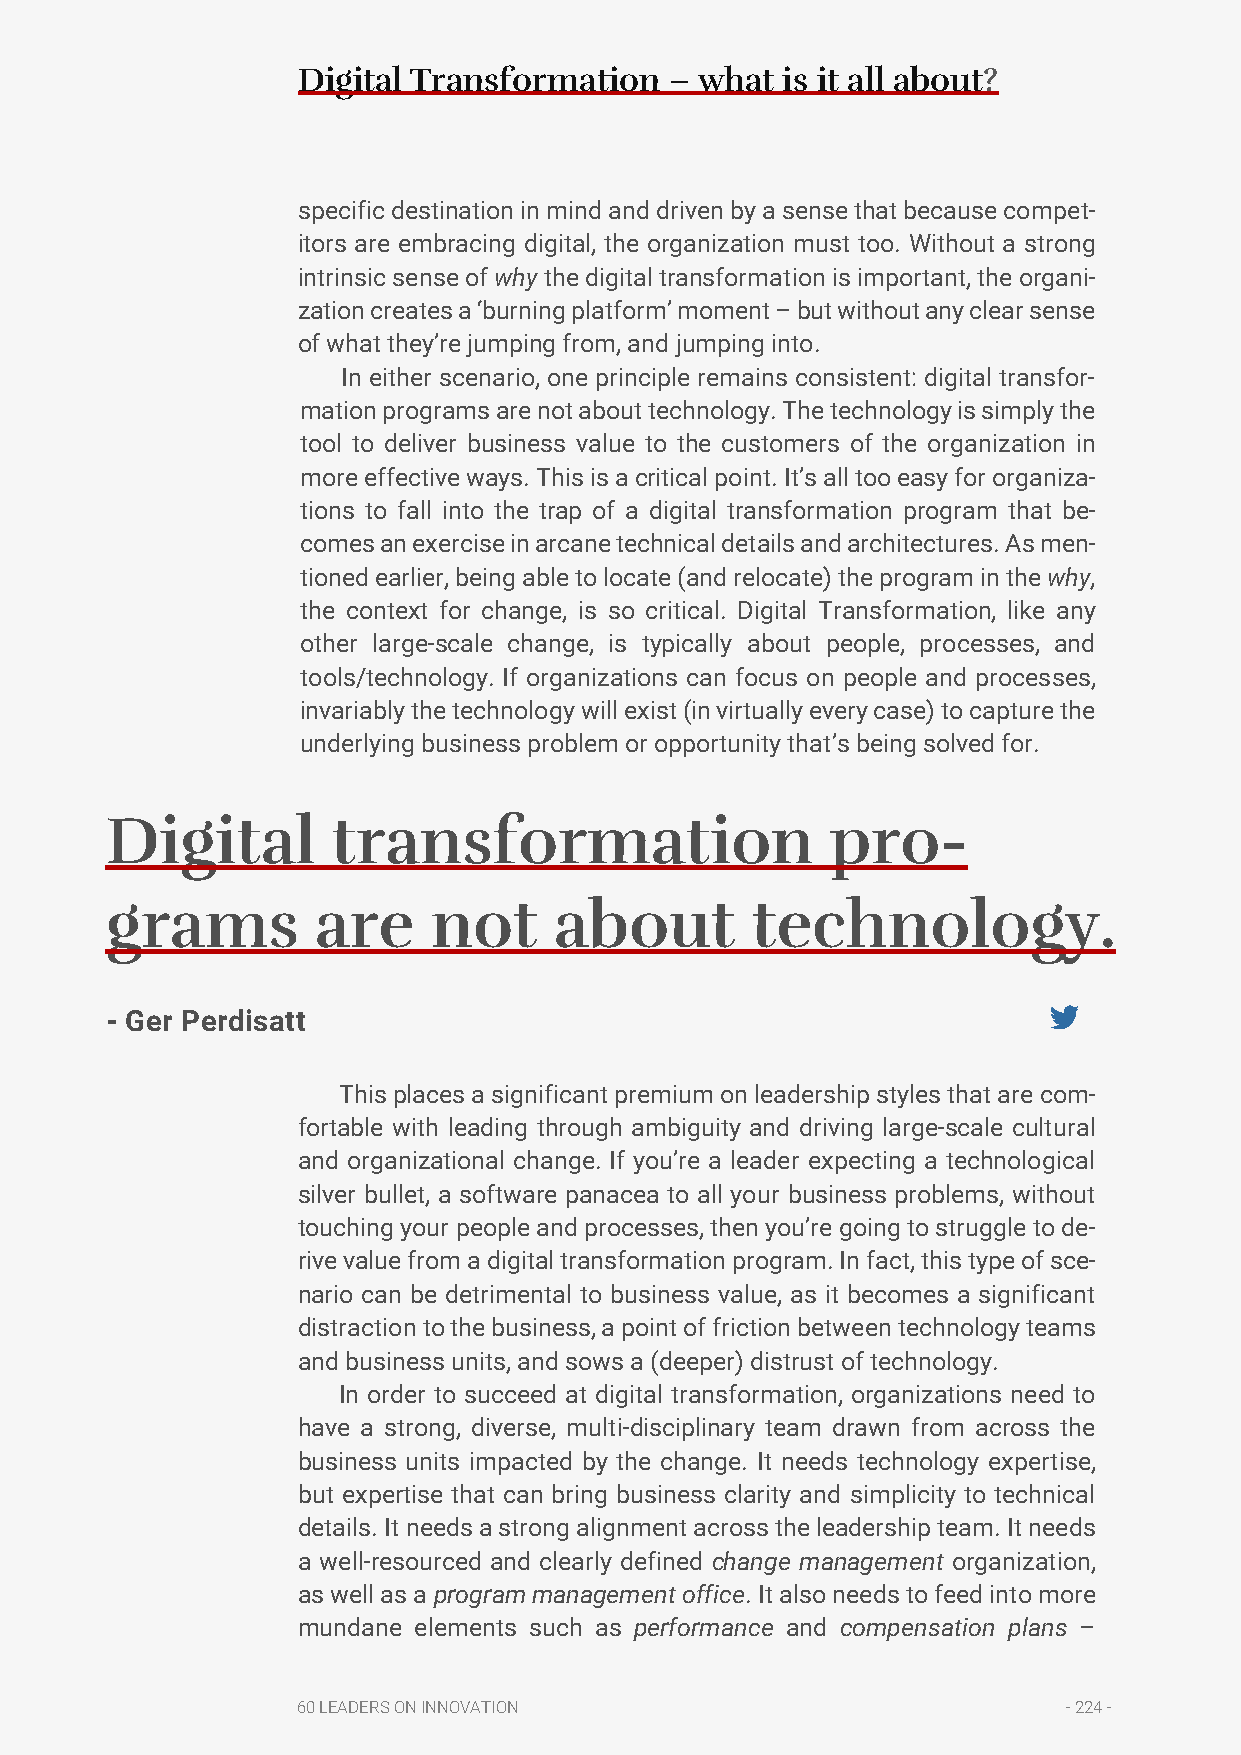
Digital Transformation  – what  is it all about?
 specific destination in mind and driven by a sense that because compet-
 itors are embracing digital, the organization must too. Without a strong
 intrinsic sense of why the digital transformation is important, the organi-
 zation creates a ‘burning platform’ moment – but without any clear sense
 of what they’re jumping from, and jumping into.
 In either scenario, one principle remains consistent: digital transfor-
 mation programs are not about technology. The technology is simply the
 tool to deliver business value to the customers of the organization in
 more effective ways. This is a critical point. It’s all too easy for organiza-
 tions to fall into the trap of a digital transformation program that be-
 comes an exercise in arcane technical details and architectures. As men-
 tioned earlier, being able to locate (and relocate) the program in the why,
 the context for change, is so critical. Digital Transformation, like any
 other large-scale change, is typically about people, processes, and
 tools/technology. If organizations can focus on people and processes,
 invariably the technology will exist (in virtually every case) to capture the
 underlying business problem or opportunity that’s being solved for.
 Digital        transformation                   pro-
 grams         are    not      about        technology.
 - Ger Perdisatt
 This places a significant premium on leadership styles that are com-
 fortable with leading through ambiguity and driving large-scale cultural
 and organizational change. If you’re a leader expecting a technological
 silver bullet, a software panacea to all your business problems, without
 touching your people and processes, then you’re going to struggle to de-
 rive value from a digital transformation program. In fact, this type of sce-
 nario can be detrimental to business value, as it becomes a significant
 distraction to the business, a point of friction between technology teams
 and business units, and sows a (deeper) distrust of technology.
 In order to succeed at digital transformation, organizations need to
 have a strong, diverse, multi-disciplinary team drawn from across the
 business units impacted by the change. It needs technology expertise,
 but expertise that can bring business clarity and simplicity to technical
 details. It needs a strong alignment across the leadership team. It needs
 a well-resourced and clearly defined change management organization,
 as well as a program management office. It also needs to feed into more
 mundane elements such as performance and compensation plans –
 60 LEADERS ON INNOVATION                           - 224 -